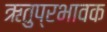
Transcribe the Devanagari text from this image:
ऋतुप्रभावक